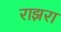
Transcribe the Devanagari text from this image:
राझरा